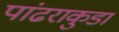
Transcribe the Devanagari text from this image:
पांढराकुडा